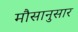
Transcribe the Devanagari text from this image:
मौसानुसार